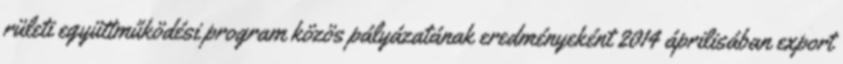
rületi együttműködési program közös pályázatának eredményeként 2014 áprilisában export